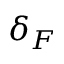
\delta _ { F }